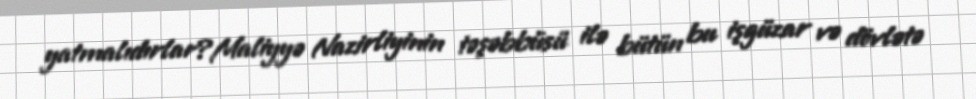
yatmalıdırlar?Maliyyə Nazirliyinin təşəbbüsü ilə bütün bu işgüzar və dövlətə